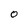
Character: 0